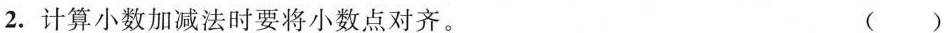
2. 计算小数加减法时要将小数点对齐。 ( )